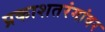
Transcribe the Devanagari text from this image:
प्रकाशतरंगांवर